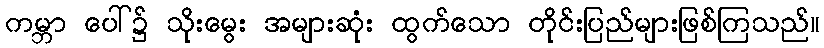
ကမ္ဘာ ပေါ်၌ သိုးမွေး အများဆုံး ထွက်သော တိုင်းပြည်များဖြစ်ကြသည်။